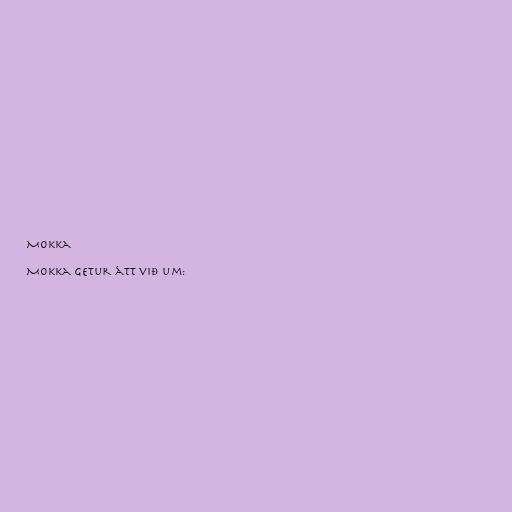
Mokka

Mokka getur átt við um: